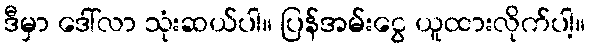
ဒီမှာ ဒေါ်လာ သုံးဆယ်ပါ။ ပြန်အမ်းငွေ ယူထားလိုက်ပါ့။